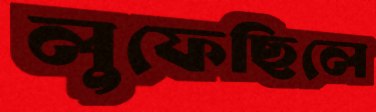
লুফেছিলে